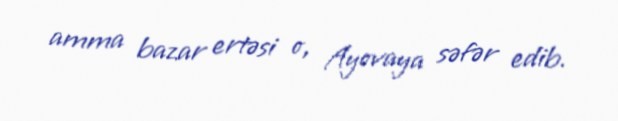
amma bazar ertəsi o, Ayovaya səfər edib.